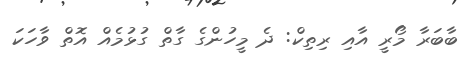
ބާބަރާ މޯރީ އާއި ރިތިކް: ދެ މީހުންގެ ގާތް ގުޅުމެއް އޮތް ވާހަކަ